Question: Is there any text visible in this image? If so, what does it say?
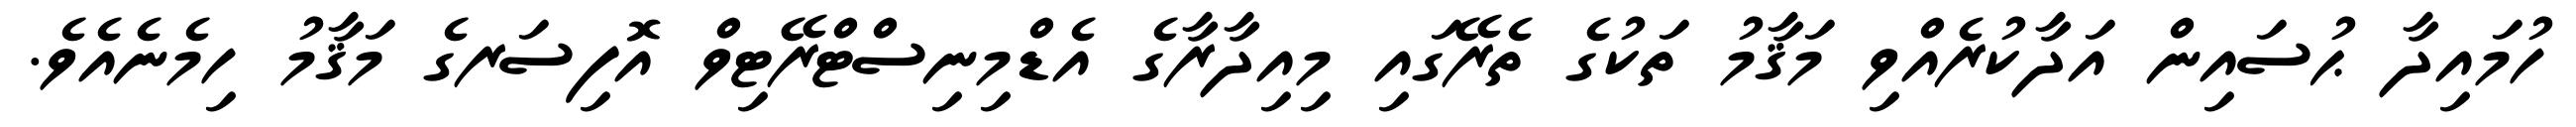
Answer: ހުމައިދާ ޙުސައިން އަދާކުރެއްވި މަޤާމު ތަކުގެ ތެރޭގައި މިއިދާރާގެ އެޑްމިނިސްޓްރޭޓިވް އޮފިސަރގެ މަޤާމު ހިމެނެއެވެ.